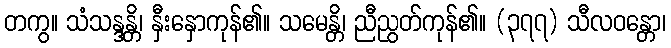
တကွ။ သံသန္ဒန္တိ၊ နှီးနှောကုန်၏။ သမေန္တိ၊ ညီညွတ်ကုန်၏။ (၃၇၇) သီလဝန္တော၊